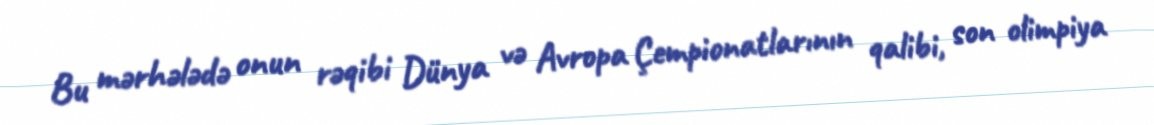
Bu mərhələdə onun rəqibi Dünya və Avropa Çempionatlarının qalibi, son olimpiya